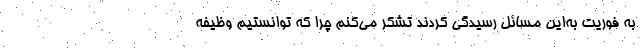
به فوریت به‌این مسائل رسیدگی کردند تشکر می‌کنم چرا که توانستیم وظیفه